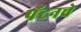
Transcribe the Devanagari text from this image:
पॅटनचे